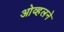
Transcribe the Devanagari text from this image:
ओव्हलने